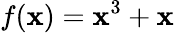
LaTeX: f(\mathbf{x})=\mathbf{x}^{3}+\mathbf{x}